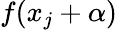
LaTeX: f(x_{j}+\alpha)